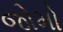
જોમો